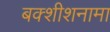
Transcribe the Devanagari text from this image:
बक्शीशनामा